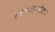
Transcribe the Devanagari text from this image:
त्यांच्यामार्फतच